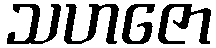
သဟဇော